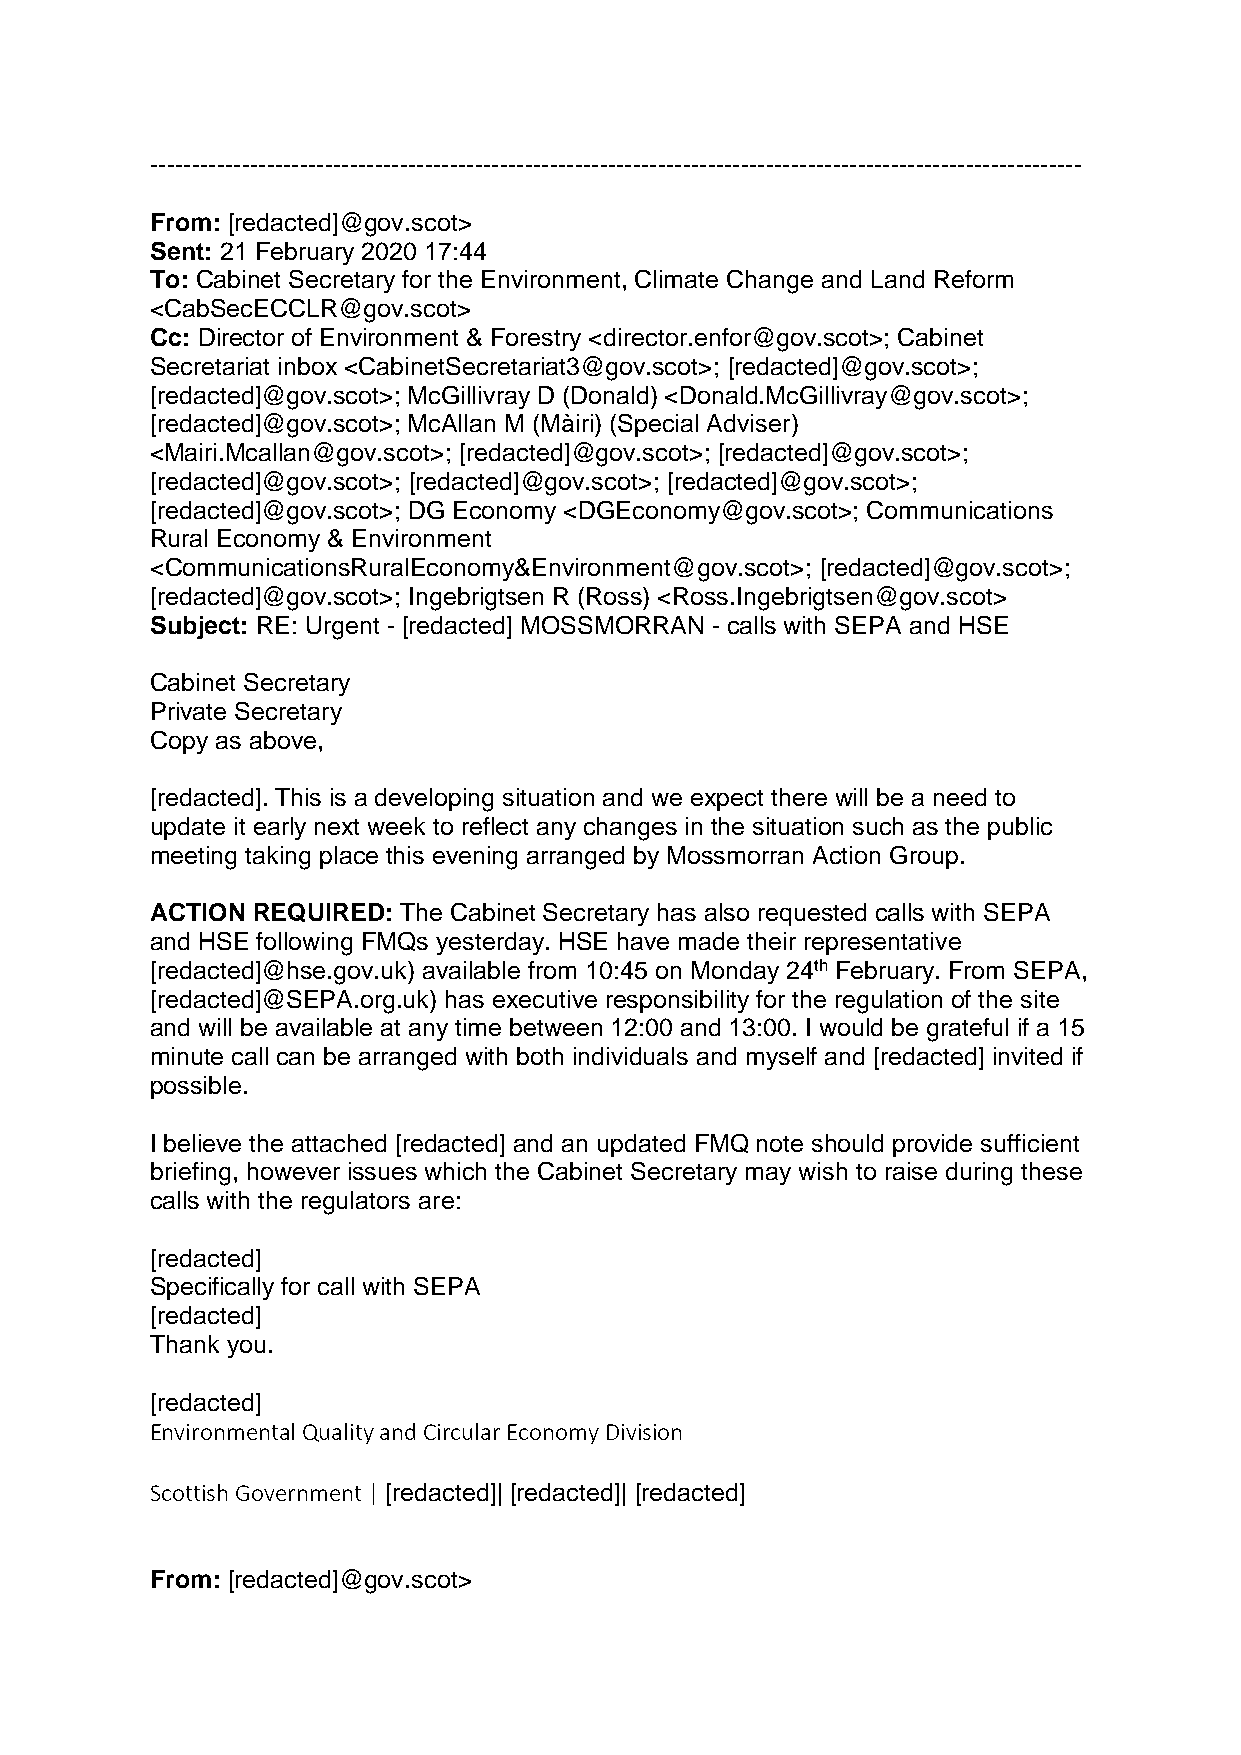
----------------------------------------------------------------------------------------------------------------
 From: [redacted]@gov.scot>
 Sent: 21 February 2020 17:44
 To: Cabinet Secretary for the Environment, Climate Change and Land Reform
 <CabSecECCLR@gov.scot>
 Cc: Director of Environment & Forestry <director.enfor@gov.scot>; Cabinet
 Secretariat inbox <CabinetSecretariat3@gov.scot>; [redacted]@gov.scot>;
 [redacted]@gov.scot>; McGillivray D (Donald) <Donald.McGillivray@gov.scot>;
 [redacted]@gov.scot>; McAllan M (Màiri) (Special Adviser)
 <Mairi.Mcallan@gov.scot>; [redacted]@gov.scot>; [redacted]@gov.scot>;
 [redacted]@gov.scot>; [redacted]@gov.scot>; [redacted]@gov.scot>;
 [redacted]@gov.scot>; DG Economy <DGEconomy@gov.scot>; Communications
 Rural Economy & Environment
 <CommunicationsRuralEconomy&Environment@gov.scot>; [redacted]@gov.scot>;
 [redacted]@gov.scot>; Ingebrigtsen R (Ross) <Ross.Ingebrigtsen@gov.scot>
 Subject: RE: Urgent - [redacted] MOSSMORRAN - calls with SEPA and HSE
 Cabinet Secretary
 Private Secretary
 Copy as above,
 [redacted]. This is a developing situation and we expect there will be a need to
 update it early next week to reflect any changes in the situation such as the public
 meeting taking place this evening arranged by Mossmorran Action Group.
 ACTION REQUIRED: The Cabinet Secretary has also requested calls with SEPA
 and HSE following FMQs yesterday. HSE have made their representative
 [redacted]@hse.gov.uk) available from 10:45 on Monday 24th February. From SEPA,
 [redacted]@SEPA.org.uk) has executive responsibility for the regulation of the site
 and will be available at any time between 12:00 and 13:00. I would be grateful if a 15
 minute call can be arranged with both individuals and myself and [redacted] invited if
 possible.
 I believe the attached [redacted] and an updated FMQ note should provide sufficient
 briefing, however issues which the Cabinet Secretary may wish to raise during these
 calls with the regulators are:
 [redacted]
 Specifically for call with SEPA
 [redacted]
 Thank you.
 [redacted]
 Environmental Quality and Circular Economy Division
 Scottish Government | [redacted]| [redacted]| [redacted]
 From: [redacted]@gov.scot>